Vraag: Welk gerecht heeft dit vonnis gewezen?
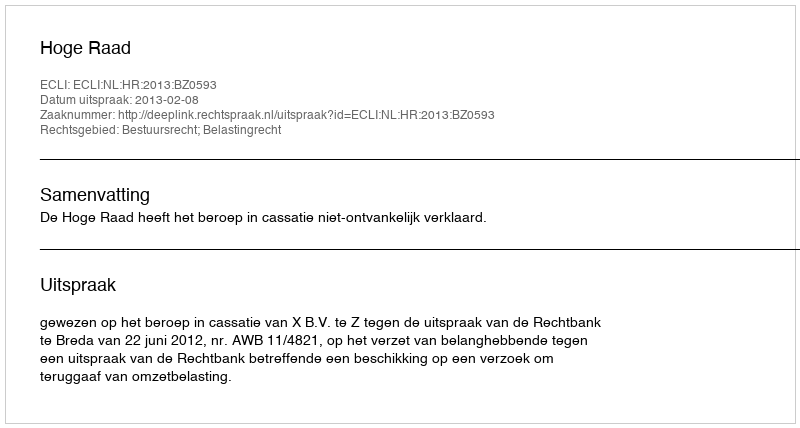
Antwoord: Hoge Raad